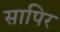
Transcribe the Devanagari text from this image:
सापिर